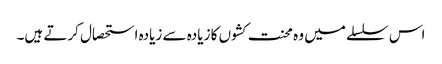
اس سلسلے میں وہ محنت کشوں کا زیادہ سے زیادہ استحصال کرتے ہیں۔